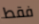
فقط